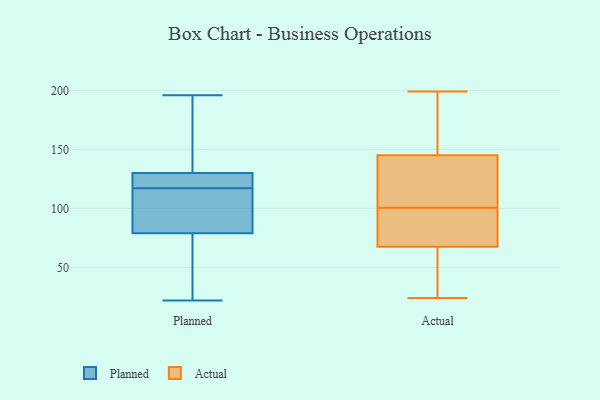
{"axis": {"x": "Operating Costs (USD K)", "y": "Value"}, "legend": ["Actual", "Planned"], "data": [{"x": "", "y": 22, "type": "Planned"}, {"x": "", "y": 130, "type": "Planned"}, {"x": "", "y": 194, "type": "Planned"}, {"x": "", "y": 106, "type": "Planned"}, {"x": "", "y": 39, "type": "Planned"}, {"x": "", "y": 127, "type": "Planned"}, {"x": "", "y": 124, "type": "Planned"}, {"x": "", "y": 79, "type": "Planned"}, {"x": "", "y": 52, "type": "Planned"}, {"x": "", "y": 196, "type": "Planned"}, {"x": "", "y": 112, "type": "Planned"}, {"x": "", "y": 92, "type": "Planned"}, {"x": "", "y": 122, "type": "Planned"}, {"x": "", "y": 158, "type": "Planned"}, {"x": "", "y": 44, "type": "Actual"}, {"x": "", "y": 186, "type": "Actual"}, {"x": "", "y": 37, "type": "Actual"}, {"x": "", "y": 128, "type": "Actual"}, {"x": "", "y": 167, "type": "Actual"}, {"x": "", "y": 71, "type": "Actual"}, {"x": "", "y": 125, "type": "Actual"}, {"x": "", "y": 178, "type": "Actual"}, {"x": "", "y": 162, "type": "Actual"}, {"x": "", "y": 199, "type": "Actual"}, {"x": "", "y": 94, "type": "Actual"}, {"x": "", "y": 64, "type": "Actual"}, {"x": "", "y": 24, "type": "Actual"}, {"x": "", "y": 120, "type": "Actual"}, {"x": "", "y": 85, "type": "Actual"}, {"x": "", "y": 122, "type": "Actual"}, {"x": "", "y": 76, "type": "Actual"}, {"x": "", "y": 71, "type": "Actual"}, {"x": "", "y": 47, "type": "Actual"}, {"x": "", "y": 107, "type": "Actual"}]}